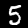
Label: 5